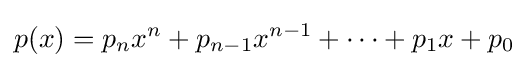
p(x)=p_{n}x^{n}+p_{n-1}x^{n-1}+\cdots +p_{1}x+p_{0}